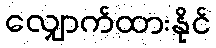
လျှောက်ထားနိုင်